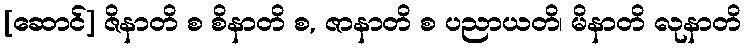
[ဆောင်] ဇိနာတိ စ စိနာတိ စ, ဇာနာတိ စ ပညာယတိ၊ မိနာတိ လုနာတိ